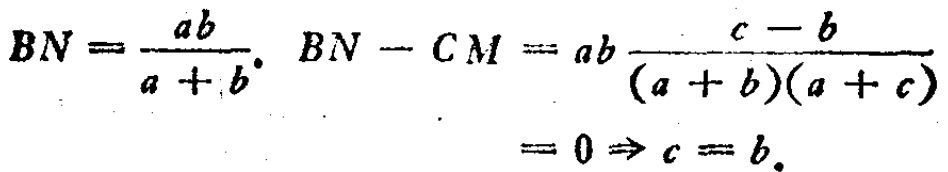
\[

\begin{align*}

BN&=\frac{ab}{a + b}.\\

BN - CM&=ab\frac{c - b}{(a + b)(a + c)}\\

&= 0\Rightarrow c = b.

\end{align*}

\]